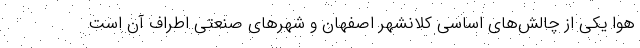
هوا یکی از چالش‌های اساسی کلانشهر اصفهان و شهرهای صنعتی اطراف آن است